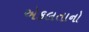
એકલતાનો